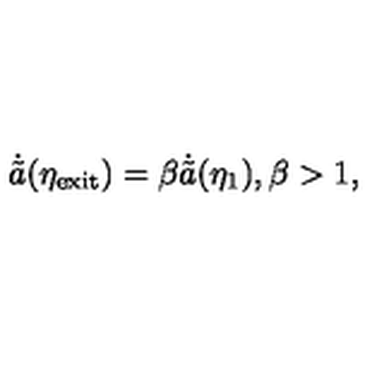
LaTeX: \dot { \tilde { a } } ( \eta _ { \mathrm { e x i t } } ) = \beta \dot { \tilde { a } } ( \eta _ { 1 } ) , \beta > 1 ,